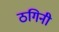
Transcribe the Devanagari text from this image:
ठगिनी